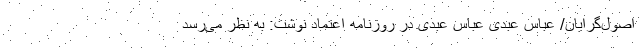
اصول‌گرایان/ عباس عبدی عباس عبدی در روزنامه اعتماد نوشت: به نظر می‌رسد